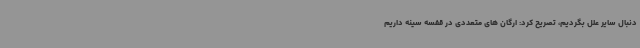
دنبال سایر علل بگردیم، تصریح کرد: ارگان های متعددی در قفسه سینه داریم